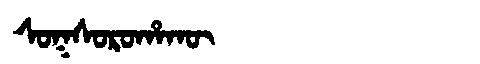
Manchu: ᠰᠣᡴᠰᠣᡵᠣᡥᠠᡴᡡ
Romanization: SOKSOROHAKŪ